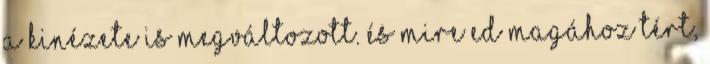
a kinézete is megváltozott. És mire Ed magához tért,